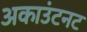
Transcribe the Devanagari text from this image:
अकाउंटनट